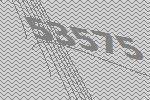
53575